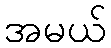
အမယ်